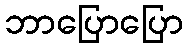
ဘာပြောပြော